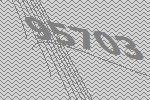
95703